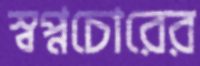
স্বপ্নচোরের